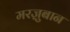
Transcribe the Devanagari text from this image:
मरज़ुबान